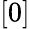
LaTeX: [0]